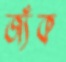
জ্যঁক